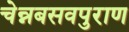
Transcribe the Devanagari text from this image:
चेन्नबसवपुराण